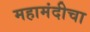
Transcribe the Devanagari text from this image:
महामंदीचा